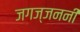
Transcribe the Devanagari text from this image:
जगज्जननी